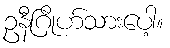
ဥနီဂြိုဟ်သားပေါ့။